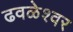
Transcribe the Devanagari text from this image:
ढवळेश्वर